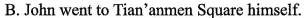
B. John went to Tian'anmen Square himself.